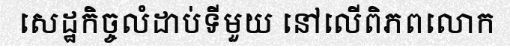
សេដ្ឋកិច្ចលំដាប់ទីមួយ នៅលើពិភពលោក